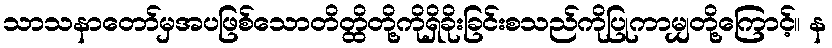
သာသနာတော်မှအပဖြစ်သောတိတ္ထိတို့ကိုရှိခိုးခြင်းစသည်ကိုပြုကာမျှတို့ကြောင့်။ န